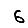
Digit: 6